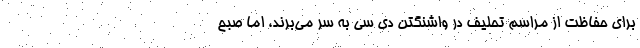
برای حفاظت از مراسم تحلیف در واشنگتن دی سی به سر می‌برند، اما صبح